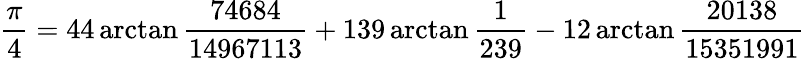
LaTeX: {\frac{\pi}{4}}=44\arctan{\frac{74684}{14967113}}+139\arctan{\frac{1}{239}}-12\arctan{\frac{20138}{15351991}}